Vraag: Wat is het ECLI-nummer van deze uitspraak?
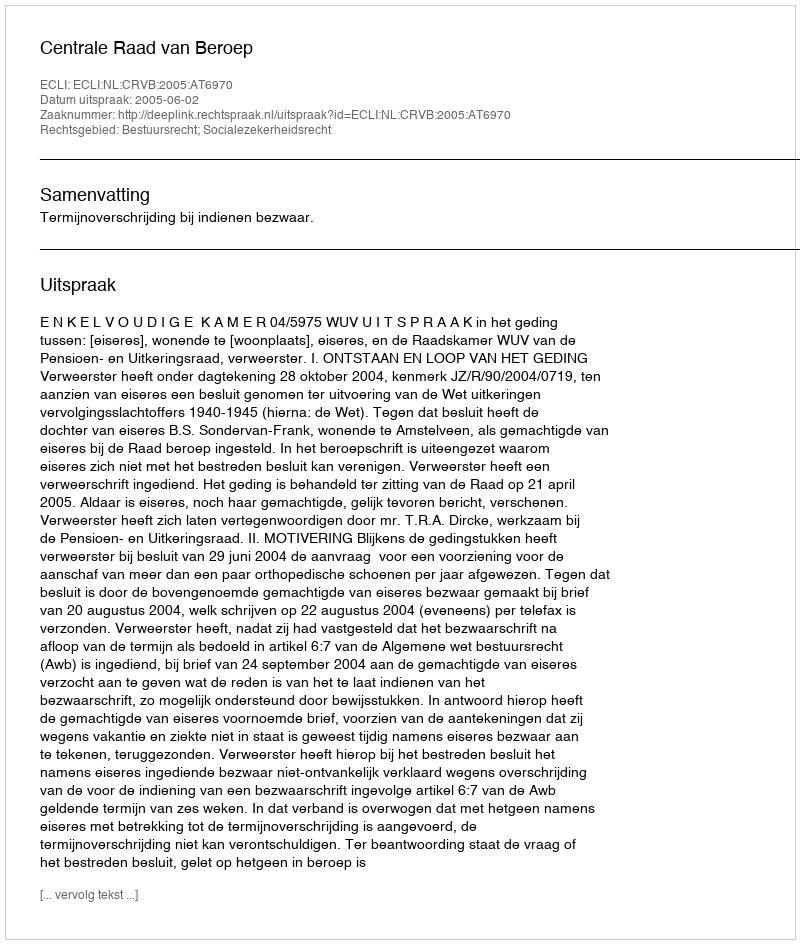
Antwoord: ECLI:NL:CRVB:2005:AT6970